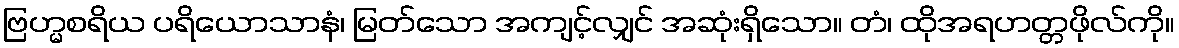
ဗြဟ္မစရိယ ပရိယောသာနံ၊ မြတ်သော အကျင့်လျှင် အဆုံးရှိသော။ တံ၊ ထိုအရဟတ္တဖိုလ်ကို။